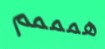
همممم